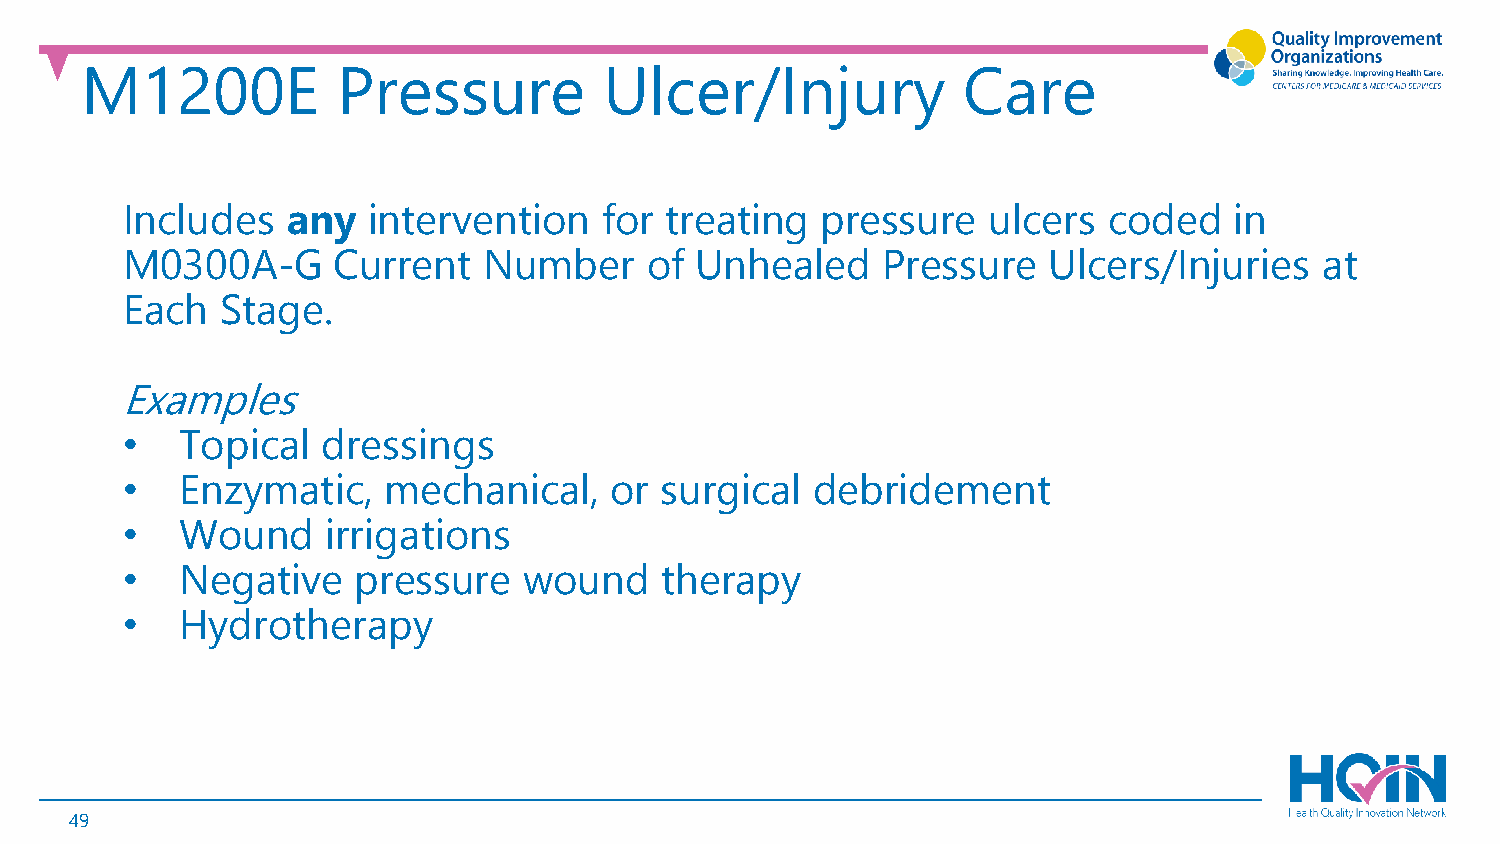
M1200E           Pressure          Ulcer/Injury            Care
 Includes   any  intervention    for treating  pressure   ulcers  coded    in
 M0300A-G      Current   Number     of Unhealed    Pressure   Ulcers/Injuries    at
 Each   Stage.
 Examples
 •   Topical  dressings
 •   Enzymatic,   mechanical,    or  surgical  debridement
 •   Wound     irrigations
 •   Negative    pressure   wound    therapy
 •   Hydrotherapy
 49